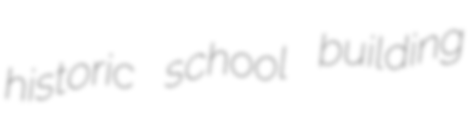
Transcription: historic school building